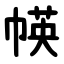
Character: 㡕